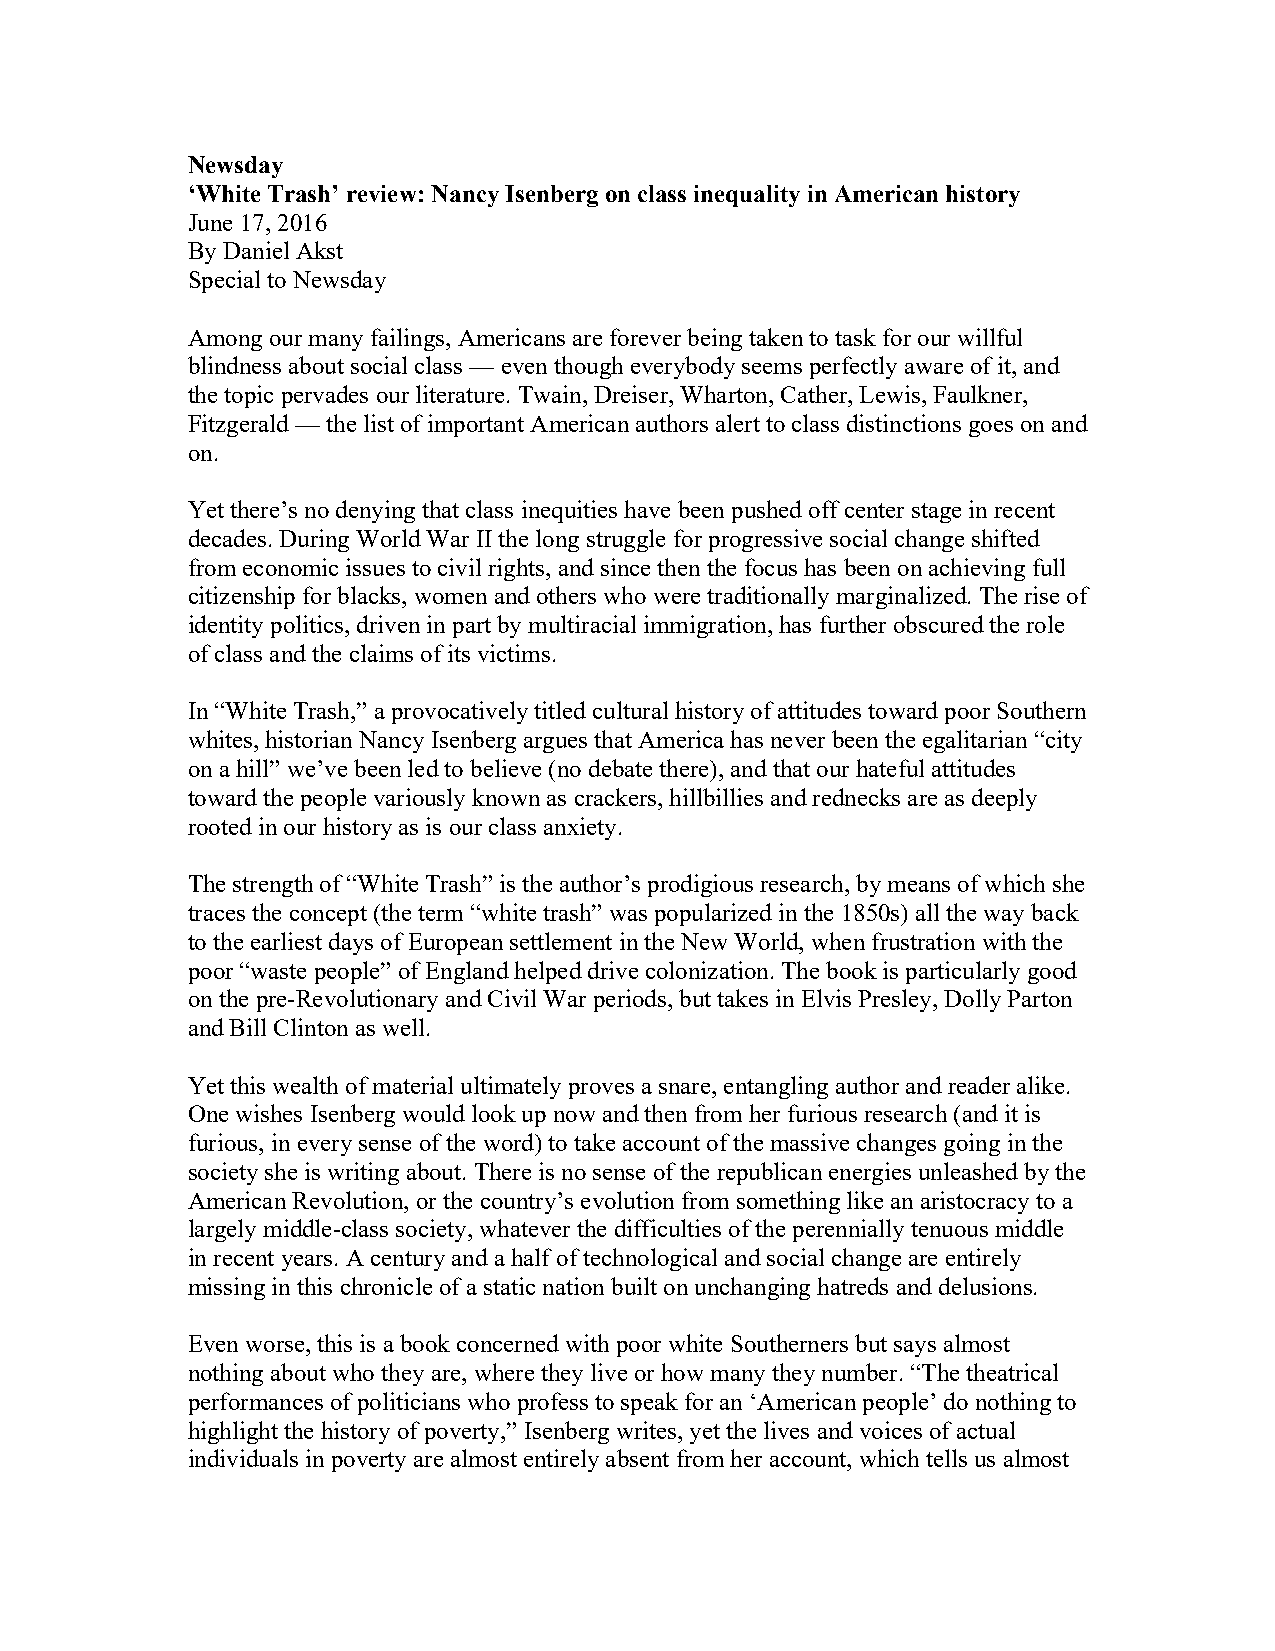
Newsday
 ‘White Trash’ review: Nancy Isenberg on class inequality in American history
 June 17, 2016
 By Daniel Akst
 Special to Newsday
 Among our many failings, Americans are forever being taken to task for our willful
 blindness about social class — even though everybody seems perfectly aware of it, and
 the topic pervades our literature. Twain, Dreiser, Wharton, Cather, Lewis, Faulkner,
 Fitzgerald — the list of important American authors alert to class distinctions goes on and
 on.
 Yet there’s no denying that class inequities have been pushed off center stage in recent
 decades. During World War II the long struggle for progressive social change shifted
 from economic issues to civil rights, and since then the focus has been on achieving full
 citizenship for blacks, women and others who were traditionally marginalized. The rise of
 identity politics, driven in part by multiracial immigration, has further obscured the role
 of class and the claims of its victims.
 In “White Trash,” a provocatively titled cultural history of attitudes toward poor Southern
 whites, historian Nancy Isenberg argues that America has never been the egalitarian “city
 on a hill” we’ve been led to believe (no debate there), and that our hateful attitudes
 toward the people variously known as crackers, hillbillies and rednecks are as deeply
 rooted in our history as is our class anxiety.
 The strength of “White Trash” is the author’s prodigious research, by means of which she
 traces the concept (the term “white trash” was popularized in the 1850s) all the way back
 to the earliest days of European settlement in the New World, when frustration with the
 poor “waste people” of England helped drive colonization. The book is particularly good
 on the pre-Revolutionary and Civil War periods, but takes in Elvis Presley, Dolly Parton
 and Bill Clinton as well.
 Yet this wealth of material ultimately proves a snare, entangling author and reader alike.
 One wishes Isenberg would look up now and then from her furious research (and it is
 furious, in every sense of the word) to take account of the massive changes going in the
 society she is writing about. There is no sense of the republican energies unleashed by the
 American Revolution, or the country’s evolution from something like an aristocracy to a
 largely middle-class society, whatever the difficulties of the perennially tenuous middle
 in recent years. A century and a half of technological and social change are entirely
 missing in this chronicle of a static nation built on unchanging hatreds and delusions.
 Even worse, this is a book concerned with poor white Southerners but says almost
 nothing about who they are, where they live or how many they number. “The theatrical
 performances of politicians who profess to speak for an ‘American people’ do nothing to
 highlight the history of poverty,” Isenberg writes, yet the lives and voices of actual
 individuals in poverty are almost entirely absent from her account, which tells us almost